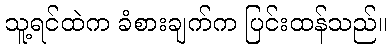
သူ့ရင်ထဲက ခံစားချက်က ပြင်းထန်သည်။